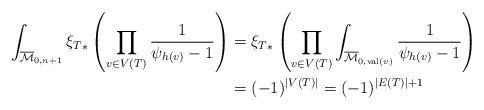
LaTeX: \begin{align*}\int_{\overline{\mathcal{M}}_{0,n+1}} {\xi_{T}}_* \left(\prod_{v\in V(T)} \frac{1}{\psi_{h(v)}-1}\right) ={}& {\xi_{T}}_* \left(\prod_{v\in V(T)} \int_{\overline{\mathcal{M}}_{0,{\rm val}(v)}} \frac{1}{\psi_{h(v)}-1} \right)\\={}& (-1)^{|V(T)|} = (-1)^{|E(T)|+1}\end{align*}